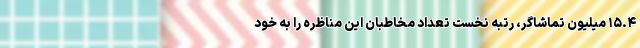
۱۵.۴ میلیون تماشاگر، رتبه نخست تعداد مخاطبان این مناظره را به خود